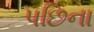
પછિના